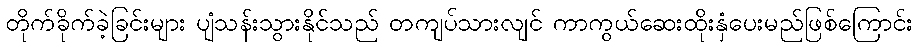
တိုက်ခိုက်ခဲ့ခြင်းများ ပျံသန်းသွားနိုင်သည် တကျပ်သားလျင် ကာကွယ်ဆေးထိုးနှံပေးမည်ဖြစ်ကြောင်း